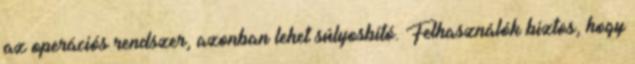
az operációs rendszer, azonban lehet súlyosbító. Felhasználók biztos, hogy